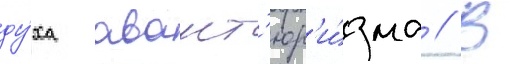
ду́ха авант'юр'и́зма // В